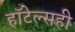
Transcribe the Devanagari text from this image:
हॉटेल्सही